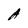
Character: A